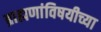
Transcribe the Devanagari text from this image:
ब्राह्मणांविषयीच्या